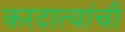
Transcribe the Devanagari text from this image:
करदात्यांची